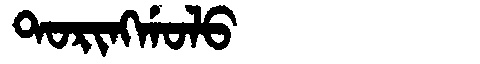
Manchu: ᡨᠣᡵᡳᠩᡤᠣᠯᠣ
Romanization: TORINGGOLO